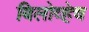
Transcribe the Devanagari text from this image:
बिलोव्हेच